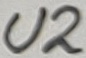
Text: U2